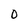
Character: 0